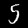
Digit: 5